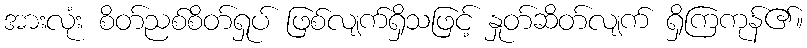
အားလုံး စိတ်ညစ်စိတ်ရှုပ် ဖြစ်လျက်ရှိသဖြင့် နှုတ်ဆိတ်လျက် ရှိကြကုန်၏။